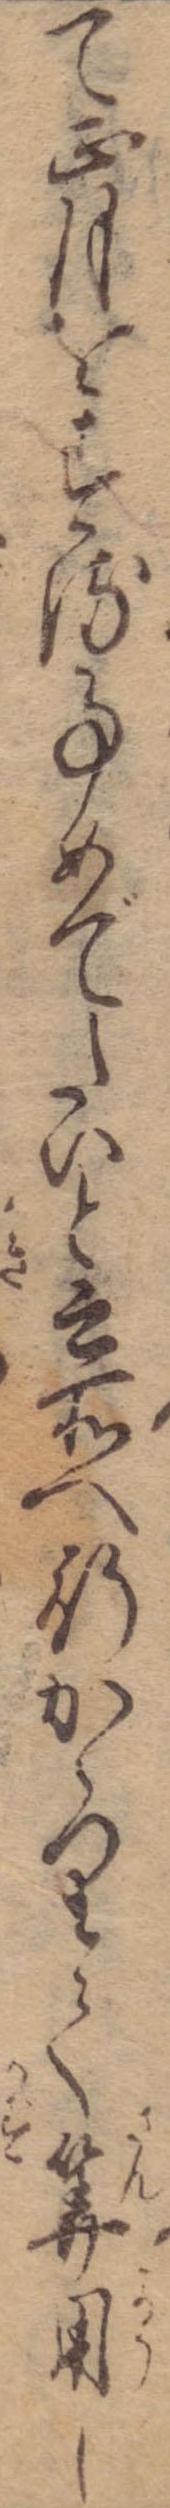
て正月をする事めでたいと云所へ行かゝりて算用し